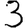
Digit: 3